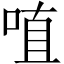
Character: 𠶗